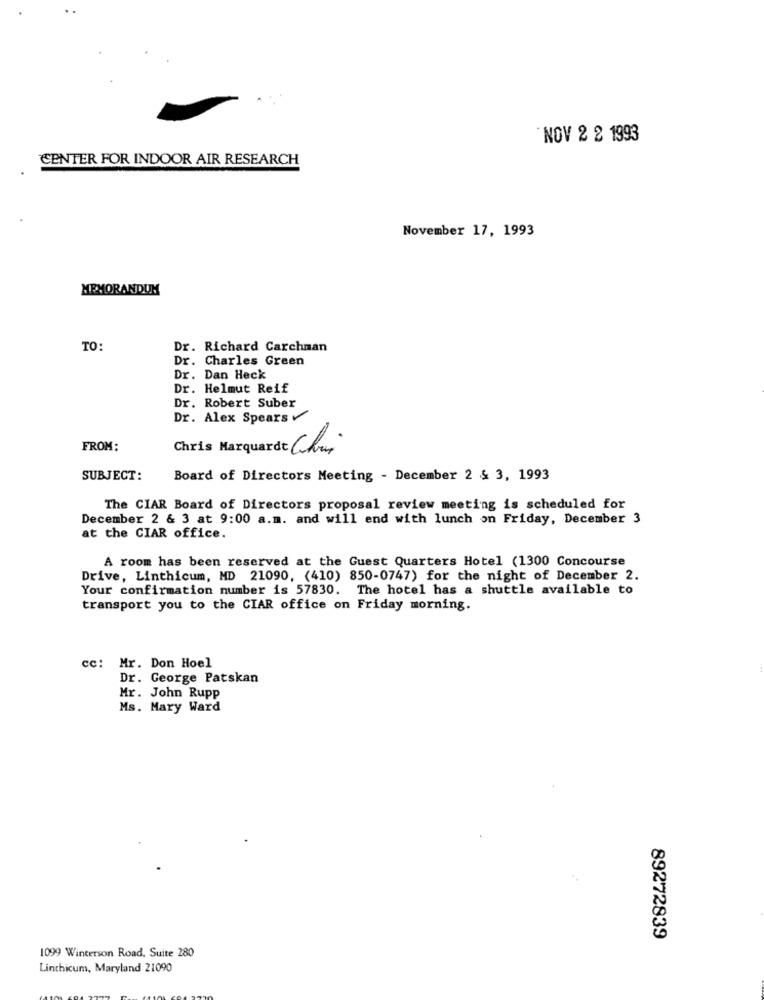
NOV 2 2 1993
CENTER FOR INDOOR AIR RESEARCH
November 17, 1993
MEMORANDUM
TO
Dr. Richard Carchman
Dr. Charles Green
Dr. Dan Heck
Dr. Helmut Reif
Dr. Robert Suber
Dr. Alex Spears
FROM:
Chris Marquardt Chur
SUBJECT:
Board of Directors Meeting - December 2 & 3, 1993
The CIAR Board of Directors proposal review meeting is scheduled for
December 2 & 3 at 9:00 a.m. and will end with lunch on Friday, December 3
at the CIAR office.
A room has been reserved at the Guest Quarters Hotel (1300 Concourse
Drive, Linthicum, MD 21090, (410) 850-0747) for the night of December 2.
Your confirmation number is 57830. The hotel has a shuttle available to
transport you to the CIAR office on Friday morning.
cc: Mr. Don Hoel
Dr. George Patskan
Mr. John Rupp
Ms. Mary Ward
89272839
1099 Winterson Road, Suite 280
Linthicum, Maryland 21090